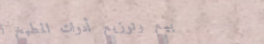
بيع وتوزيع أدوات المطبخ ا